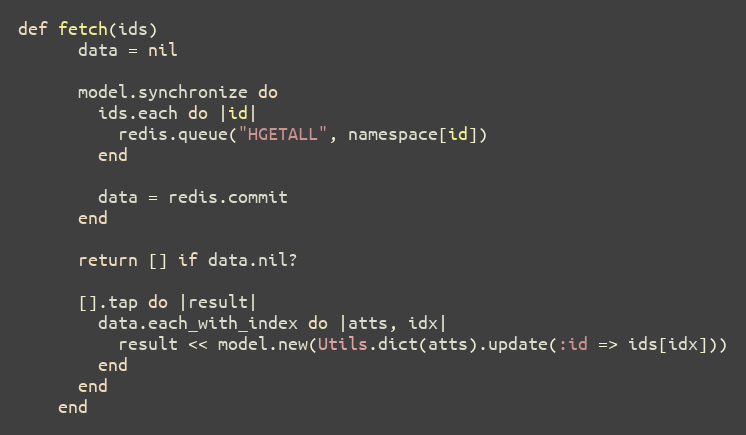
Language: Ruby
def fetch(ids)
      data = nil

      model.synchronize do
        ids.each do |id|
          redis.queue("HGETALL", namespace[id])
        end

        data = redis.commit
      end

      return [] if data.nil?

      [].tap do |result|
        data.each_with_index do |atts, idx|
          result << model.new(Utils.dict(atts).update(:id => ids[idx]))
        end
      end
    end